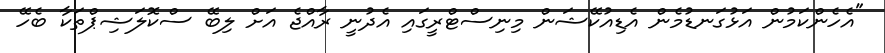
"އެހެންކަމުން އަޅުގަނޑުމެން އެޑިއުކޭޝަން މިނިސްޓްރީގައި އެދުނީ ރާއްޖެ އަށް ލިބޭ ސްކޮލަޝިޕްތަކާ ބެހޭ